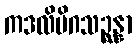
ကဒလိမိဂသဉ္ဆန္နာ